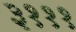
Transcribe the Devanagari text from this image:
३१११